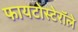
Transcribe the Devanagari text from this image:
फायटोस्टेरॉले